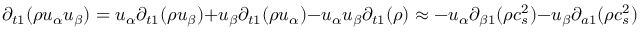
{ \partial _ { t 1 } } ( \rho { u _ { \alpha } } { u _ { \beta } } ) = { u _ { \alpha } } { \partial _ { t 1 } } ( \rho { u _ { \beta } } ) + { u _ { \beta } } { \partial _ { t 1 } } ( \rho { u _ { \alpha } } ) - { u _ { \alpha } } { u _ { \beta } } { \partial _ { t 1 } } ( \rho ) \approx - { u _ { \alpha } } { \partial _ { \beta 1 } } ( \rho c _ { s } ^ { 2 } ) - { u _ { \beta } } { \partial _ { a 1 } } ( \rho c _ { s } ^ { 2 } ) + { u _ { \alpha } } F _ { \beta } ^ { ( 1 ) } + { u _ { \beta } } F _ { \alpha } ^ { ( 1 ) }